Insane asylums in Bengal annual reports 1867-1875 - 1867-1875
Year: 1867
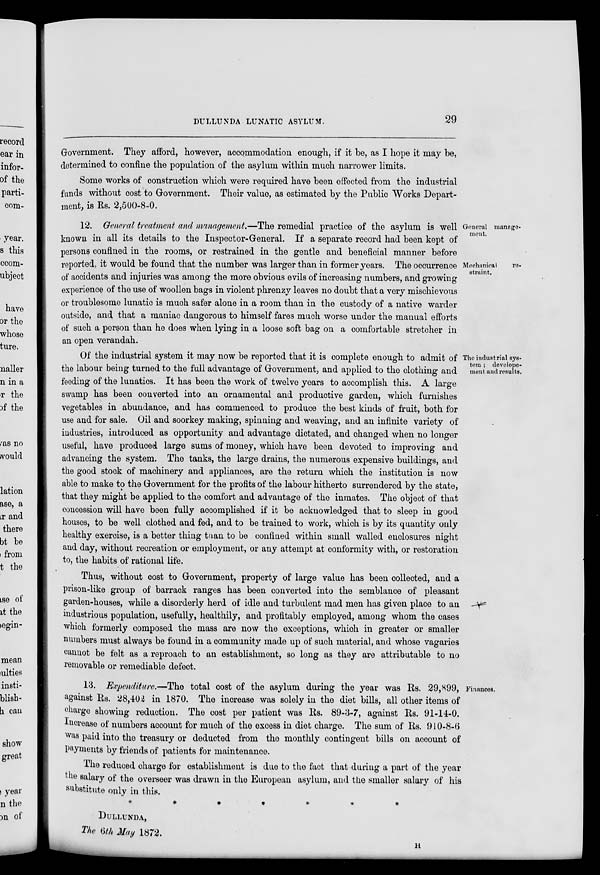
DULLUNDA LUNATIC ASYLUM.
29
Government. They afford, however, accommodation enough, if it be, as I hope it may be,
determined to confine the population of the asylum within much narrower limits.
Some works of construction which were required have been effected from the industrial
funds without cost to Government. Their value, as estimated by the Public Works Depart-
ment, is Rs. 2,500-8-0.
General manage-
ment.
Mechanical
re-
straint.
12. General treatment and management.—The remedial practice of the asylum is well
known in all its details to the Inspector-General. If a separate record had been kept of
persons confined in the rooms, or restrained in the gentle and beneficial manner before
reported, it would be found that the number was larger than in former years. The occurrence
of accidents and injuries was among the more obvious evils of increasing numbers, and growing
experience of the use of woollen bags in violent phrenzy leaves no doubt that a very mischievous
or troublesome lunatic is much safer alone in a room than in the custody of a native warder
outside, and that a maniac dangerous to himself fares much worse under the manual efforts
of such a person than he does when lying in a loose soft bag on a comfortable stretcher in
an open verandah.
The industrial sys-
tem ; develope-
ment and results.
Of the industrial system it may now be reported that it is complete enough to admit of
the labour being turned to the full advantage of Government, and applied to the clothing and
feeding of the lunatics. It has been the work of twelve years to accomplish this. A large
swamp has been converted into an ornamental and productive garden, which furnishes
vegetables in abundance, and has commenced to produce the best kinds of fruit, both for
use and for sale. Oil and soorkey making, spinning and weaving, and an infinite variety of
industries, introduced as opportunity and advantage dictated, and changed when no longer
useful, have produced large sums of money, which have been devoted to improving and
advancing the system. The tanks, the large drains, the numerous expensive buildings, and
the good stock of machinery and appliances, are the return which the institution is now
able to make to the Government for the profits of the labour hitherto surrendered by the state,
that they might be applied to the comfort and advantage of the inmates. The object of that
concession will have been fully accomplished if it be acknowledged that to sleep in good
houses, to be well clothed and fed, and to be trained to work, which is by its quantity only
healthy exercise, is a better thing than to be confined within small walled enclosures night
and day, without recreation or employment, or any attempt at conformity with, or restoration
to, the habits of rational life.
Thus, without cost to Government, property of large value has been collected, and a
prison-like group of barrack ranges has been converted into the semblance of pleasant
garden-houses, while a disorderly herd of idle and turbulent mad men has given place to an
industrious population, usefully, healthily, and profitably employed, among whom the cases
which formerly composed the mass are now the exceptions, which in greater or smaller
numbers must always be found in a community made up of such material, and whose vagaries
cannot be felt as a reproach to an establishment, so long as they are attributable to no
removable or remediable defect.
Finances.
13. Expenditure.—The total cost of the asylum during the year was Rs. 29,899,
against Rs. 28,402 in 1870. The increase was solely in the diet bills, all other items of
charge showing reduction. The cost per patient was Rs. 89-3-7, against Rs. 91-14-0.
Increase of numbers account for much of the excess in diet charge. The sum of Rs. 910-8-6
was paid into the treasury or deducted from the monthly contingent bills on account of
payments by friends of patients for maintenance.
The reduced charge for establishment is due to the fact that during a part of the year
the salary of the overseer was drawn in the European asylum, and the smaller salary of his
substitute only in this.
*******
DULLUNDA,
The 6th May 1872.
H